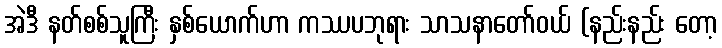
အဲဒီ နတ်စစ်သူကြီး နှစ်ယောက်ဟာ ကဿပဘုရား သာသနာတော်ဝယ် (နည်းနည်း တော့